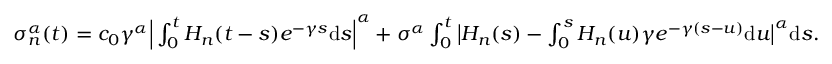
\begin{array} { r } { \sigma _ { n } ^ { \alpha } ( t ) = c _ { 0 } \gamma ^ { \alpha } \Big | \int _ { 0 } ^ { t } H _ { n } ( t - s ) e ^ { - \gamma s } \mathrm { d } s \Big | ^ { \alpha } + \sigma ^ { \alpha } \int _ { 0 } ^ { t } \big | H _ { n } ( s ) - \int _ { 0 } ^ { s } H _ { n } ( u ) \gamma e ^ { - \gamma ( s - u ) } \mathrm { d } u \big | ^ { \alpha } \mathrm { d } s . } \end{array}